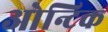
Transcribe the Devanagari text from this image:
ओन्टिक